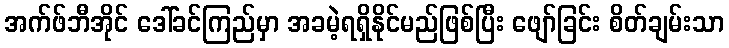
အက်ဖ်ဘီအိုင် ဒေါ်ခင်ကြည်မှာ အခမဲ့ရရှိနိုင်မည်ဖြစ်ပြီး ဖျော်ခြင်း စိတ်ချမ်းသာ